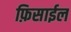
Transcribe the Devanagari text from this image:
फ़िसाईल